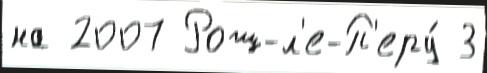
на 2007 Рош-л'е-П'еру́ 3